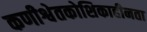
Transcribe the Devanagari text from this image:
कणीश्वेतकोशिकाहीनता